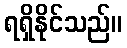
ရရှိနိုင်သည်။